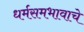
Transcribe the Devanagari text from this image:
धर्मसमभावाचे